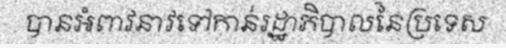
បានអំពាវនាវទៅកាន់រដ្ឋាភិបាលនៃប្រទេស